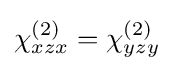
\chi _{xzx}^{(2)}=\chi _{yzy}^{(2)}